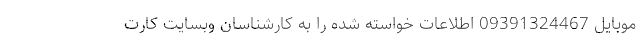
موبایل 09391324467 اطلاعات خواسته شده را به کارشناسان وبسایت کارت